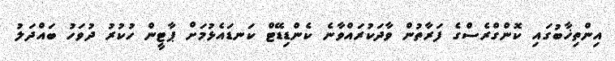
އިންތިޚާބުގައި ކޮންގްރެސްގެ ފަރާތުން ވާދަކުރައްވާނެ ކެންޑިޑޭޓް ކަނޑައެޅުމަށް ޕާޓީން ހުކުރު ދުވަހު ބައްދަލު